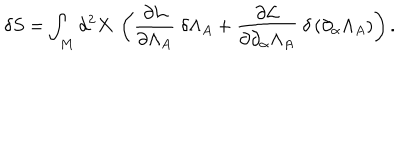
\delta S = \int _ { M } d ^ { 2 } X \mathrm { ~ } \left( \frac { \partial { \cal L } } { \partial \Lambda _ { A } } \mathrm { ~ } \delta \Lambda _ { A } + \frac { \partial { \cal L } } { \partial \partial _ { \alpha } \Lambda _ { A } } \mathrm { ~ } \delta \left( \partial _ { \alpha } \Lambda _ { A } \right) \right) \mathrm { . }